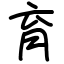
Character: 育